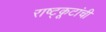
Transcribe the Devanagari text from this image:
राष्ट्कूटांची